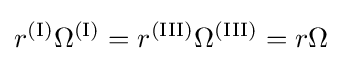
r^{\text{(I)}}\Omega ^{\text{(I)}}=r^{\text{(III)}}\Omega ^{\text{(III)}}=r\Omega